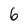
Character: 6